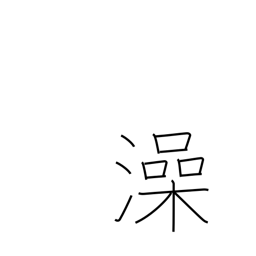
Meaning: wash